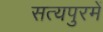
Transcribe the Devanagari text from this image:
सत्यपुरमें